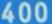
400